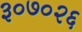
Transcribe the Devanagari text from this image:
३०७०२६